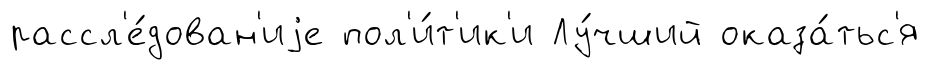
рассл'е́дован'иjе пол'и́т'ик'и Лу́чший оказа́тьс'я